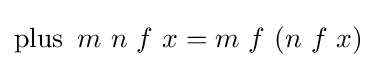
\operatorname {plus} \ m\ n\ f\ x=m\ f\ (n\ f\ x)